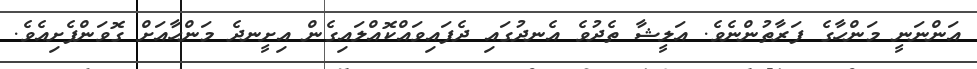
އަންނަނީ މަންހާގެ ފަރާތުންނެވެ. އަލީޝާ ތެދުވެ އެނދުގައި ދެފައިވައްކޮއްލައިގެން އިށީނދެ މަންހާއަށް ގޮވަންފެށިއެވެ.